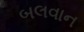
બલવાન